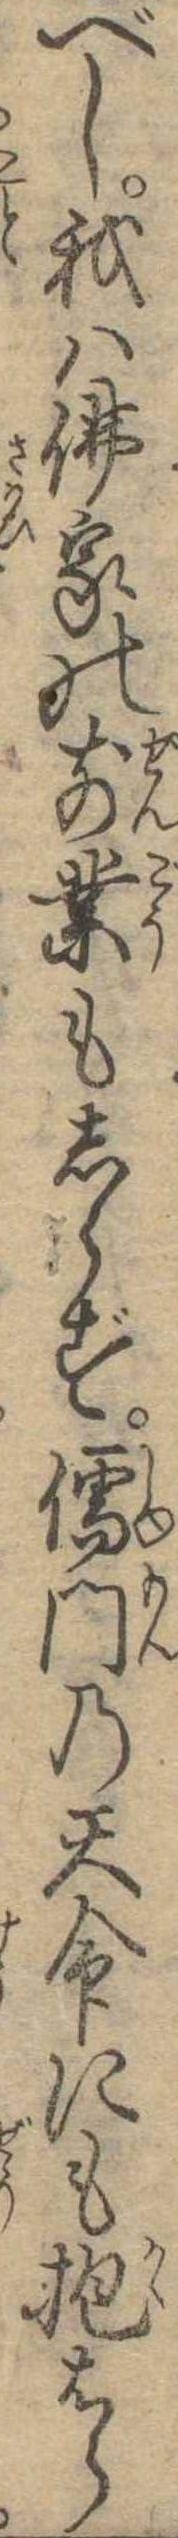
べし我は仏家の前業もしらず儒門の天命にも抱はら